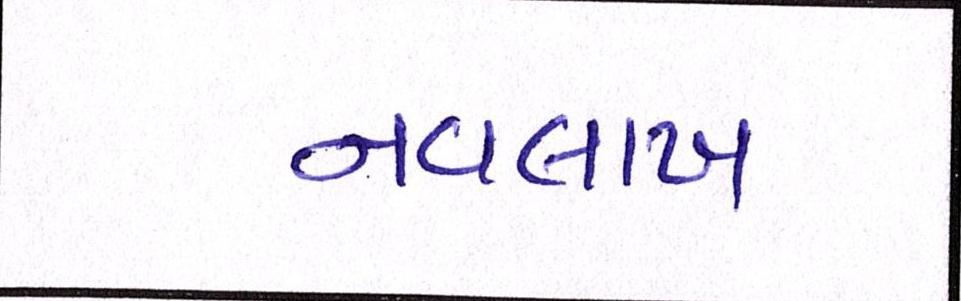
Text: નવલાખ